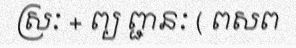
ស្រៈ + ព្យ ព្ជានៈ ( ពសព